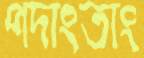
পদাংতাং